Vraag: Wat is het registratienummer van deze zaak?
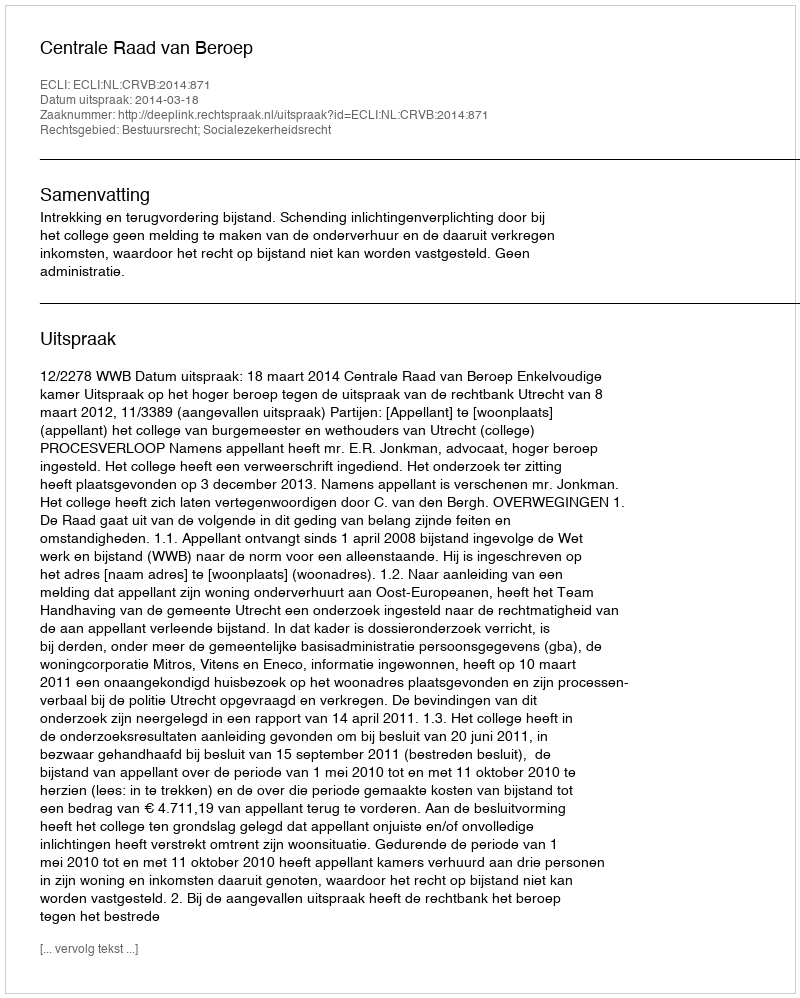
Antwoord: http://deeplink.rechtspraak.nl/uitspraak?id=ECLI:NL:CRVB:2014:871